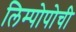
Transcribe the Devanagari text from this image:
लिम्पोपोची